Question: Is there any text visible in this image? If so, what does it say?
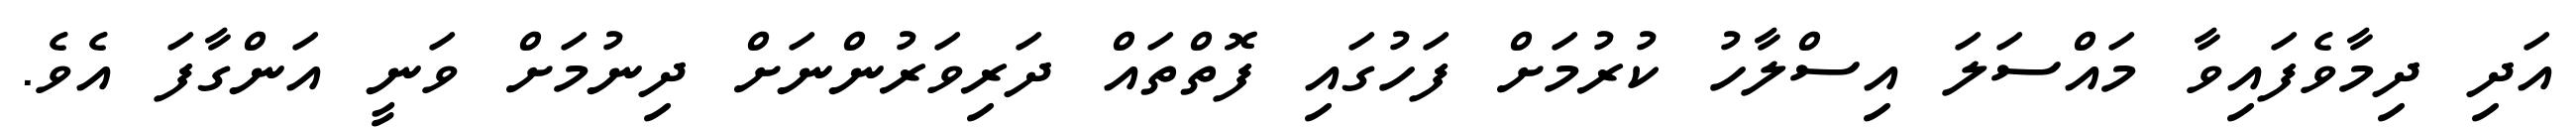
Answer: އަދި ދިމާވެފައިވާ މައްސަލަ އިސްލާހު ކުރުމަށް ފަހުގައި ފޮތްތައް ދަރިވަރުންނަށް ދިނުމަށް ވަނީ އަންގާފަ އެވެ.